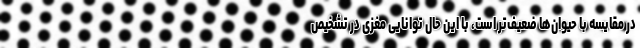
در مقایسه با حیوان‌ها ضعیف‌تر است، با این حال توانایی مغزی در تشخیص